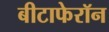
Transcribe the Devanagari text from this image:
बीटाफेरॉन